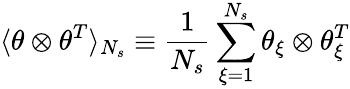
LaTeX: \langle\theta\otimes\theta^{T}\rangle_{N_{s}}\equiv\frac{1}{N_{s}}\sum_{\xi=1}^{N_{s}}\theta_{\xi}\otimes\theta_{\xi}^{T}